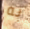
به